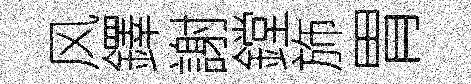
风鐸謝鏜斾胃